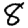
Digit: 8